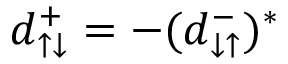
d _ { \uparrow \downarrow } ^ { + } = - ( d _ { \downarrow \uparrow } ^ { - } ) ^ { * }